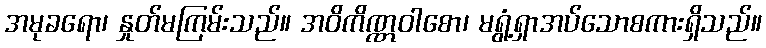
အမုခရော၊ နှုတ်မကြမ်းသည်။ အဝိကိဏ္ဏဝါစော၊ မရွံ့ရှာအပ်သောစကားရှိသည်။